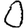
Digit: 0